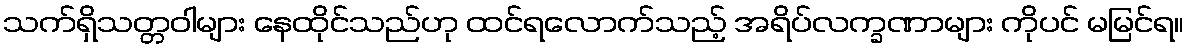
သက်ရှိသတ္တဝါများ နေထိုင်သည်ဟု ထင်ရလောက်သည့် အရိပ်လက္ခဏာများ ကိုပင် မမြင်ရ။